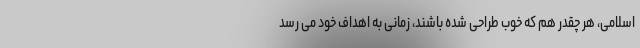
اسلامی، هر چقدر هم که خوب طراحی شده باشند، زمانی به اهداف خود می رسد